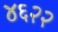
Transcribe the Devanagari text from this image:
४६२२